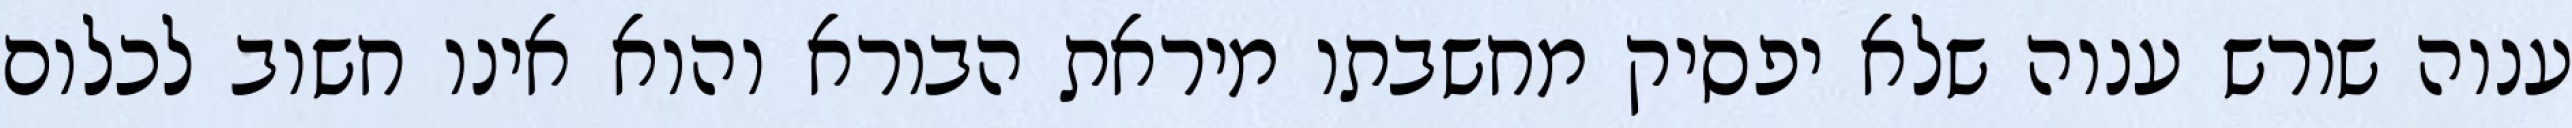
ענוה שורש ענוה שלא יפסיק מחשבתו מיראת הבורא והוא אינו חשוב לכלום